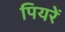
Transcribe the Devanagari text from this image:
पियरें